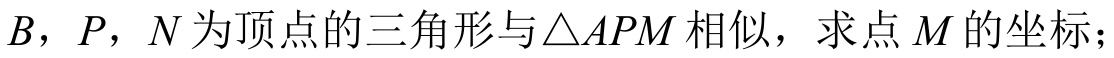
\(B\)，\(P\)，\(N\)为顶点的三角形与\(\triangle APM\)相似，求点\(M\)的坐标；